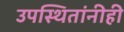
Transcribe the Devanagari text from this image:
उपस्थितांनीही